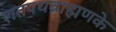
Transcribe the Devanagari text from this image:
शतपथब्राह्मणके